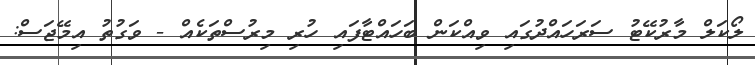
ލޯކަލް މާރުކޭޓު ސަރަހައްދުގައި ވިއްކަން ބަހައްޓާފައި ހުރި މިރުސްތަކެއް - ވަގުތު އިމޭޖަސް: